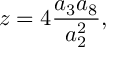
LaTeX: z = 4 \frac { a _ { 3 } a _ { 8 } } { a _ { 2 } ^ { 2 } } ,